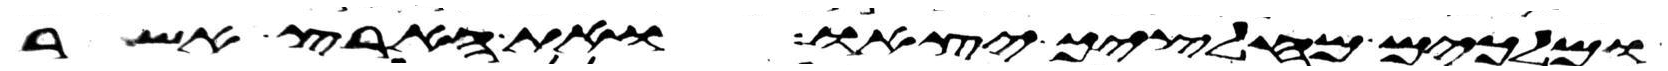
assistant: ומלכים מחלציך יצאו ואת הארץ אשר